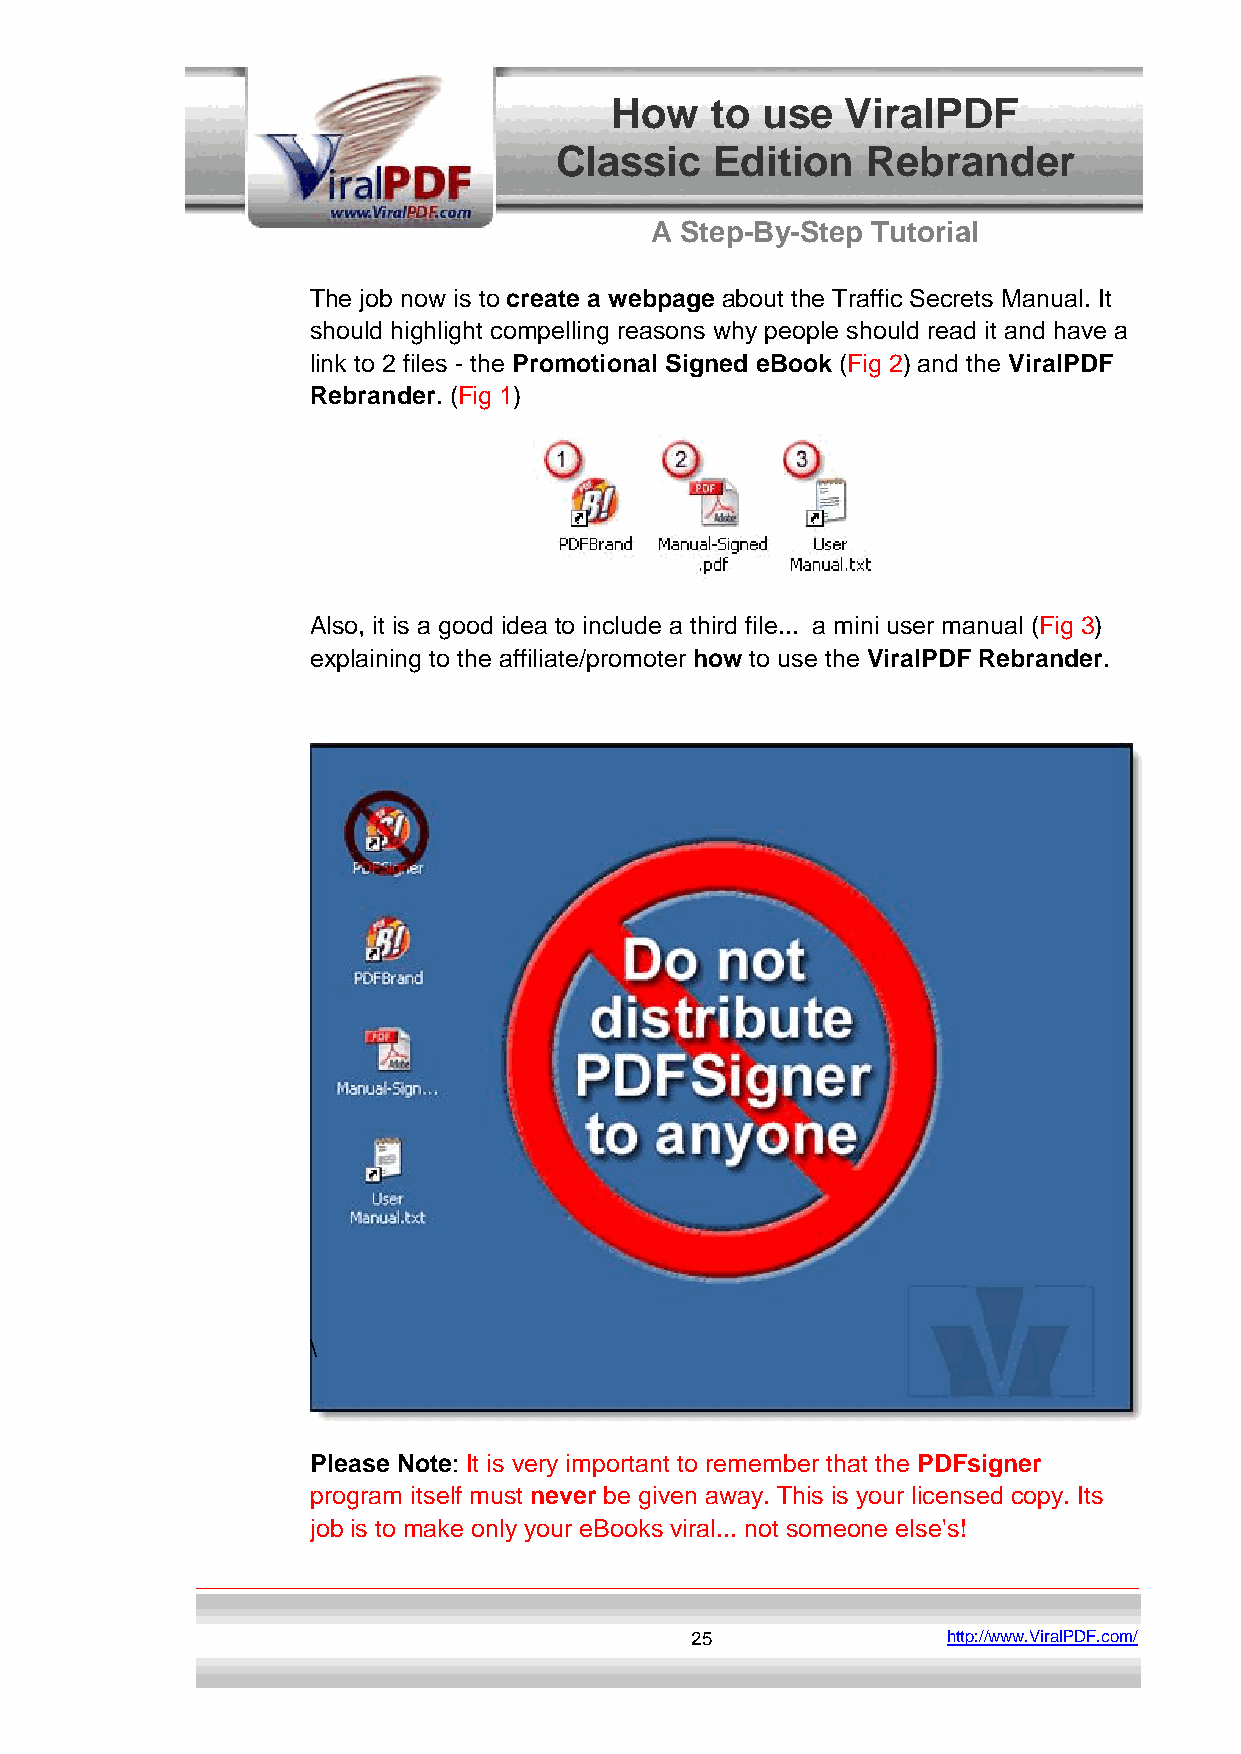
How    to use   ViralPDF
 Classic   Edition   Rebrander
 A Step-By-Step Tutorial
 The job now is to create a webpage about the Traffic Secrets Manual. It
 should highlight compelling reasons why people should read it and have a
 link to 2 files - the Promotional Signed eBook (Fig 2) and the ViralPDF
 Rebrander. (Fig 1)
 Also, it is a good idea to include a third file... a mini user manual (Fig 3)
 explaining to the affiliate/promoter how to use the ViralPDF Rebrander.
 \
 Please Note: It is very important to remember that the PDFsigner
 program itself must never be given away. This is your licensed copy. Its
 job is to make only your eBooks viral... not someone else's!
 25               http://www.ViralPDF.com/